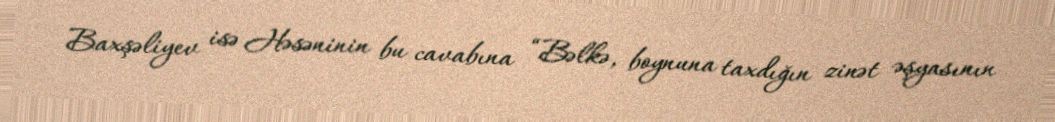
Baxşəliyev isə Həsəninin bu cavabına “Bəlkə, boynuna taxdığın zinət əşyasının